Report on the bubonic plague in Bombay, 1896-1897
Year: 1896
Disease focus: Plague
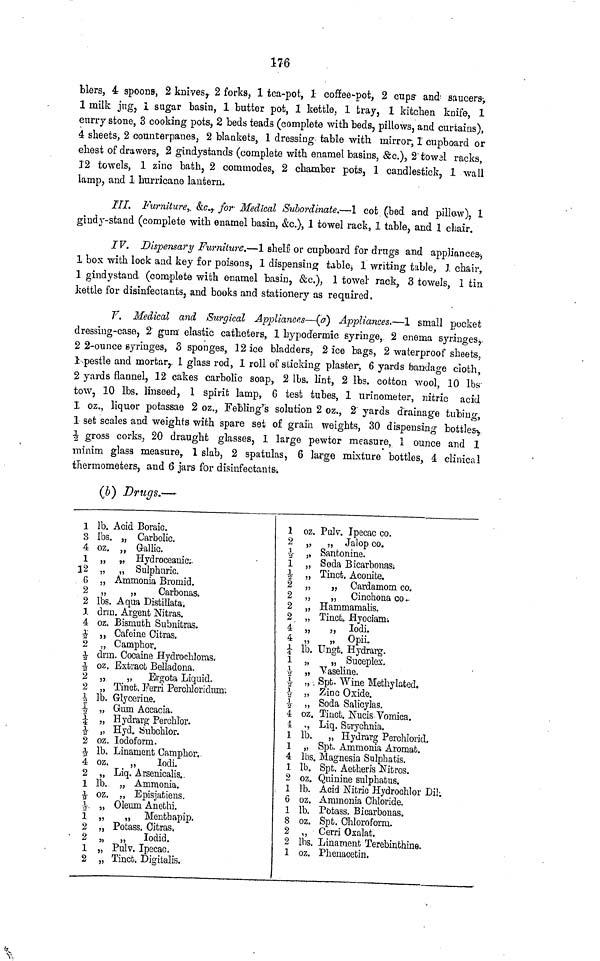
176
blers, 4 spoons, 2 knives, 2 forks, 1 tca-pot, 1 coffee-pot, 2 cups- and saucers-,
1 milk jug, I sugar basin, 1 butter pot, 1 kettle, 1 tray, 1 kitchen knife, 1
curry stone, 3 cooking pots, 2 beds teads (complete with beds, pillows, and curtains),
4 sheets, 2 counterpanes, 2 blankets, 1 dressing table with mirror, 1 cupboard or
chest of drawers, 2 gindystands- (complete with enamel basins, &c.), 2 towal racks,
12 towels, 1 zinc bath, 2 commodes, 2 chamber pots, 1 candlestick, 1 wall
lamp, and 1 hurricane lantern.
III. Furniture, &c., for Medical Subordinate.—1 cot (bed and pillow), 1
gindy-stand (complete with enamel basin, &c.), 1 towel rack, 1 table, and 1 chair.
IV. Dispensary Furniture.—1 shelf or cupboard for drugs and appliances-,
1 box with lock and key for poisons, 1 dispensing table, I writing table, 1 chair,
1 gindystand (complete with e-namel basin, &c.), 1 towel rack, 3 towels, 1 tin
kettle for disinfectants, and books and stationery as required.
F. Medical and Surgical Appliances—(a) Appliances.—1 small pocket
dressing-case, 2 gum elastic catheters, 1 hypodermic syringe, 2 enema syringes,
2 2-ounce syringes, 3 sponges, 12 ice bladders, 2 ice bags, 2 waterproof sheets,
1 pestle and mortar, 1 glass rod, 1 roll of sticking plaster, 6 yards bandage cloth,
2 yards flannel, 12 cakes carbolic soap, 2 Ibs. lint, 2 Ibs. cotton wool, 10 Ibs
tow, 10 Ibs. linseed, 1 spirit lamp, 6 test tubes, 1 urinometer, nitric acid
1 oz., liquor potassae 2 oz., Febling's solution 2 oz., 2 yards drainage tubing,
1 set scales and weights with spare set of grain weights, 30 dispensing bottles,
gross corks, 20 draught glasses, 1 large pewter measure, 1 ounce and 1
minim glasa measure, 1 slab, 2 spatulas, 6 large mixture bottles, 4 clinical
thermometers, and 6 jars for disinfectants,
(b) Drugs.—
1 Ib. Acid Boraic.
3 Ibs. „ Carbolic.
4 oz. ,, Gallic.
1 „ „ Hydroceauic;-
12 „ „ Sulphuric.
6 „ Ammonia Bromid.
2 „
„
Carbonas.
2 Ibs. Aqua Distillata,
1 drm. Argent Nitras.
4 oz. Bismuth Subintras.
½ ,, Caféine Citras.
2 „ Camphor.
½ drm. Cocaine Hydrochloras.
½ oz. Extract Belladona.
2 „
„
Ergota Liquid.
2 „ Tinot. Ferri Perchloridunr.
½ Ib. Glycerine.
½· „ Gum Accacia.
¼ „ Hydrarg Perchlor.
½ „ Hyd. Subchlor.
2 oz. lodoform.
½ Ib. Linament Camphor.
4 oz.
,,
lodi.
2 ,, Liq. Arsenicalis..
1 Ib. „ Ammonia.
½ oz. „ Episjatiens.
½ „ Oleum Anethi.
1 „
„ Menthapip.
2 „ Potass. Citras.
2
„
„
Iodid.
1 „ Pulv. Ipecac.
2 „ Tinct. Digitalis.
1
2
½
1
½
2
2
2
2
4
4
¼
1
½
½
½
½
4
4
1
1
4
1
2
1
6
1
8
2
2
1
oz. Pulv. Ipecac co.
„
,, Jalop co.
„ Santonine.
„ Soda Bicarbouas;
„ Tinct, Aconite.
„
„ Cardamom co.
„
„ Cinchona co .
„ Hammamalis.
„ Tinct, Hyociam;
„
„ Iodi.
„
„ Opii.
Ib. Ungt. Hydrarg.
„
„ Suceplex,
„ Vaseline.
„ . Spt. Wine Methylated.
„ Zinc Oxide.
„ Soda Salicylas.
oz. Tiuct. Nucis Vomica.
., Liq. Strychnia.
Ib. „ Hydrarg Perchlorid.
„ Spt. Ammonia Aromat.
Ibs. Magnesia Sulphatis.
Ib. Spt. Aetheris Nitros.
oz. Quinine sulphatus.
Ib. Acid Nitric Hydrochlor Dih
oz. Ammonia Chloride.
Ib. Potass. Bicarbonas.
oz. Spt. Chloroform.
„ Cerri Oxalat.
Ibs. Linament Terebinthine.
oz. Phenacetin.